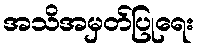
အသိအမှတ်ပြုရေး